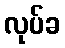
လုပ်ခ